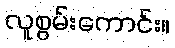
လူစွမ်းကောင်း။